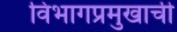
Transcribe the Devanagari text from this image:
विभागप्रमुखाची